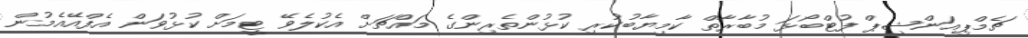
ޗެމްޕިއަންޝިޕް ފުޓްބޯޅަ މުބާރާތް ކާމިޔާބުކުރި ކުޅުންތެރިންގެ މައްޗަށް އެކުލެވޭ ޓީމަށް ކުޅުވަން އެފްއޭއެމުން